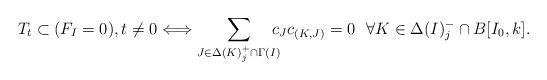
LaTeX: \begin{align*}T_t\subset (F_I=0), t \neq 0 \Longleftrightarrow \sum_{J\in \Delta(K)^+_j \cap \Gamma(I)}\!\!\!\! c_{J}c_{(K,J)}=0\ \ \forall K\in \Delta(I)^-_j\cap B[I_0,k].\end{align*}